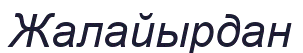
Жалайырдан